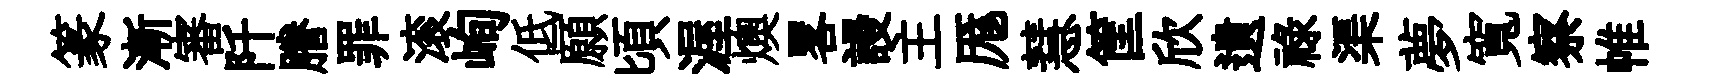
篆漸審阡謄罪滚峋低願頃渥燠畧謾主厖慧筐欣遺禄渠夢寬察帷